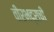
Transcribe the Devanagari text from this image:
वीरभद्राची